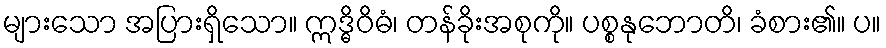
များသော အပြားရှိသော။ ဣဒ္ဓိဝိဓံ၊ တန်ခိုးအစုကို။ ပစ္စနုဘောတိ၊ ခံစား၏။ ပ။